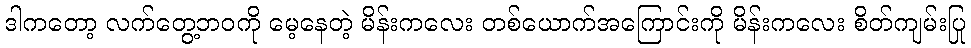
ဒါကတော့ လက်တွေ့ဘဝကို မေ့နေတဲ့ မိန်းကလေး တစ်ယောက်အကြောင်းကို မိန်းကလေး စိတ်ကျမ်းပြု